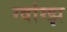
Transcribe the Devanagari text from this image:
ग्वांग्झ